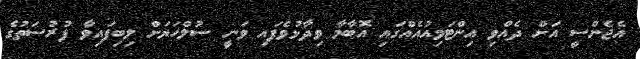
އެޖެންސީ އަށް ދެއްވި އިންޓަވިއުއެއްގައި އޮބާމާ ވިދާޅުވެފައި ވަނީ ސުލްހަޔަށް ލިބިފައިވާ ފުރުސަތުގެ